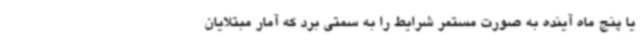
یا پنج ماه آینده به صورت مستمر شرایط را به سمتی برد که آمار مبتلایان